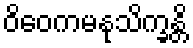
ဝိဝေကမနုသိက္ခန္တိ